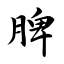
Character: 脾